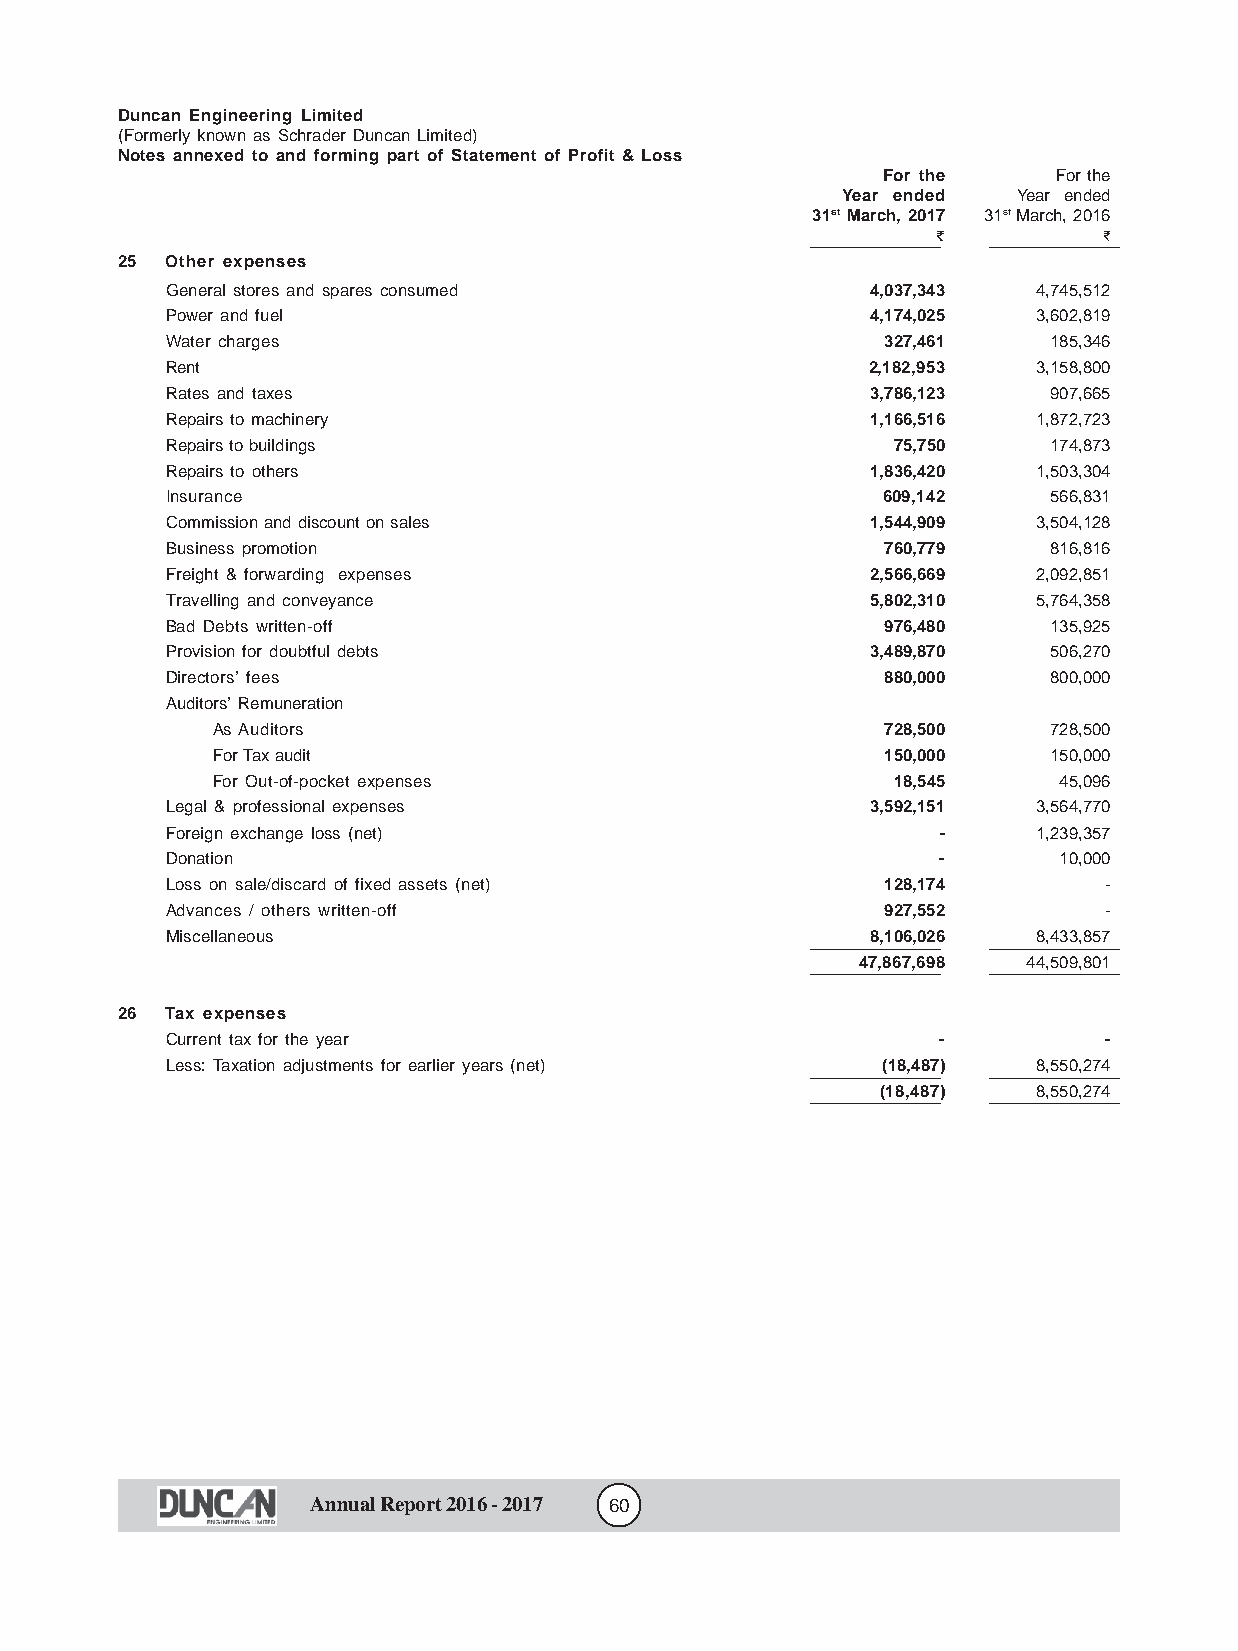
Duncan Engineering Limited
 (Formerly known as Schrader Duncan Limited)
 Notes annexed to and forming part of Statement of Profit & Loss
 For the     For the
 Year ended Year ended
 31st March, 2017 31st March, 2016
 f          f
 25 Other expenses
 General stores and spares consumed             4,037,343  4,745,512
 Power and fuel                                 4,174,025  3,602,819
 Water charges                                   327,461   185,346
 Rent                                          2,182,953   3,158,800
 Rates and taxes                                3,786,123  907,665
 Repairs to machinery                           1,166,516  1,872,723
 Repairs to buildings                            75,750    174,873
 Repairs to others                              1,836,420  1,503,304
 Insurance                                      609,142    566,831
 Commission and discount on sales               1,544,909  3,504,128
 Business promotion                              760,779   816,816
 Freight & forwarding expenses                  2,566,669  2,092,851
 Travelling and conveyance                      5,802,310  5,764,358
 Bad Debts written-off                           976,480   135,925
 Provision for doubtful debts                   3,489,870  506,270
 Directors’ fees                                 880,000   800,000
 Auditors’ Remuneration
 As Auditors                                  728,500   728,500
 For Tax audit                                150,000   150,000
 For Out-of-pocket expenses                   18,545     45,096
 Legal & professional expenses                  3,592,151  3,564,770
 Foreign exchange loss (net)                        -      1,239,357
 Donation                                           -       10,000
 Loss on sale/discard of fixed assets (net)      128,174       -
 Advances / others written-off                   927,552       -
 Miscellaneous                                  8,106,026  8,433,857
 47,867,698 44,509,801
 26 Tax expenses
 Current tax for the year                           -          -
 Less: Taxation adjustments for earlier years (net) (18,487) 8,550,274
 (18,487)   8,550,274
 Annual Report 2016 - 2017 60